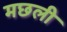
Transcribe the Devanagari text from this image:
मछली